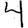
Digit: 4